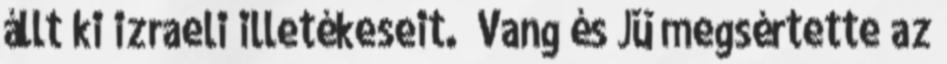
állt ki izraeli illetékeseit. „Vang és Jü megsértette az